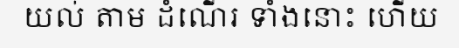
យល់ តាម ដំណើរ ទាំងនោះ ហើយ